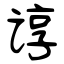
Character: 谆